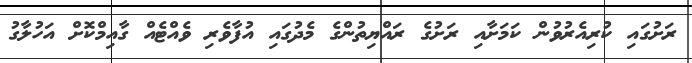
ރަށުގައި ކުރިއެރުވުން ކަމަށާއި ރަށުގެ ރައްޔިތުންގެ މެދުގައި އުފާވެރި ވެއްޓެއް ގާއިމްކޮށް އަހުލާގު